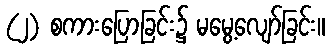
(၂) စကားပြောခြင်း၌ မမွေ့လျော်ခြင်း။